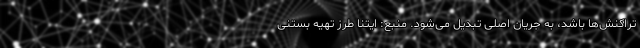
تراکنش‌ها باشد، به جریان اصلی تبدیل می‌شود. منبع: ایتنا طرز تهیه بستنی